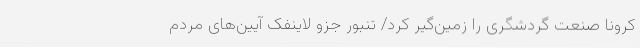
کرونا صنعت گردشگری را زمین‌گیر کرد/ تنبور جزو لاینفک آیین‌های مردم